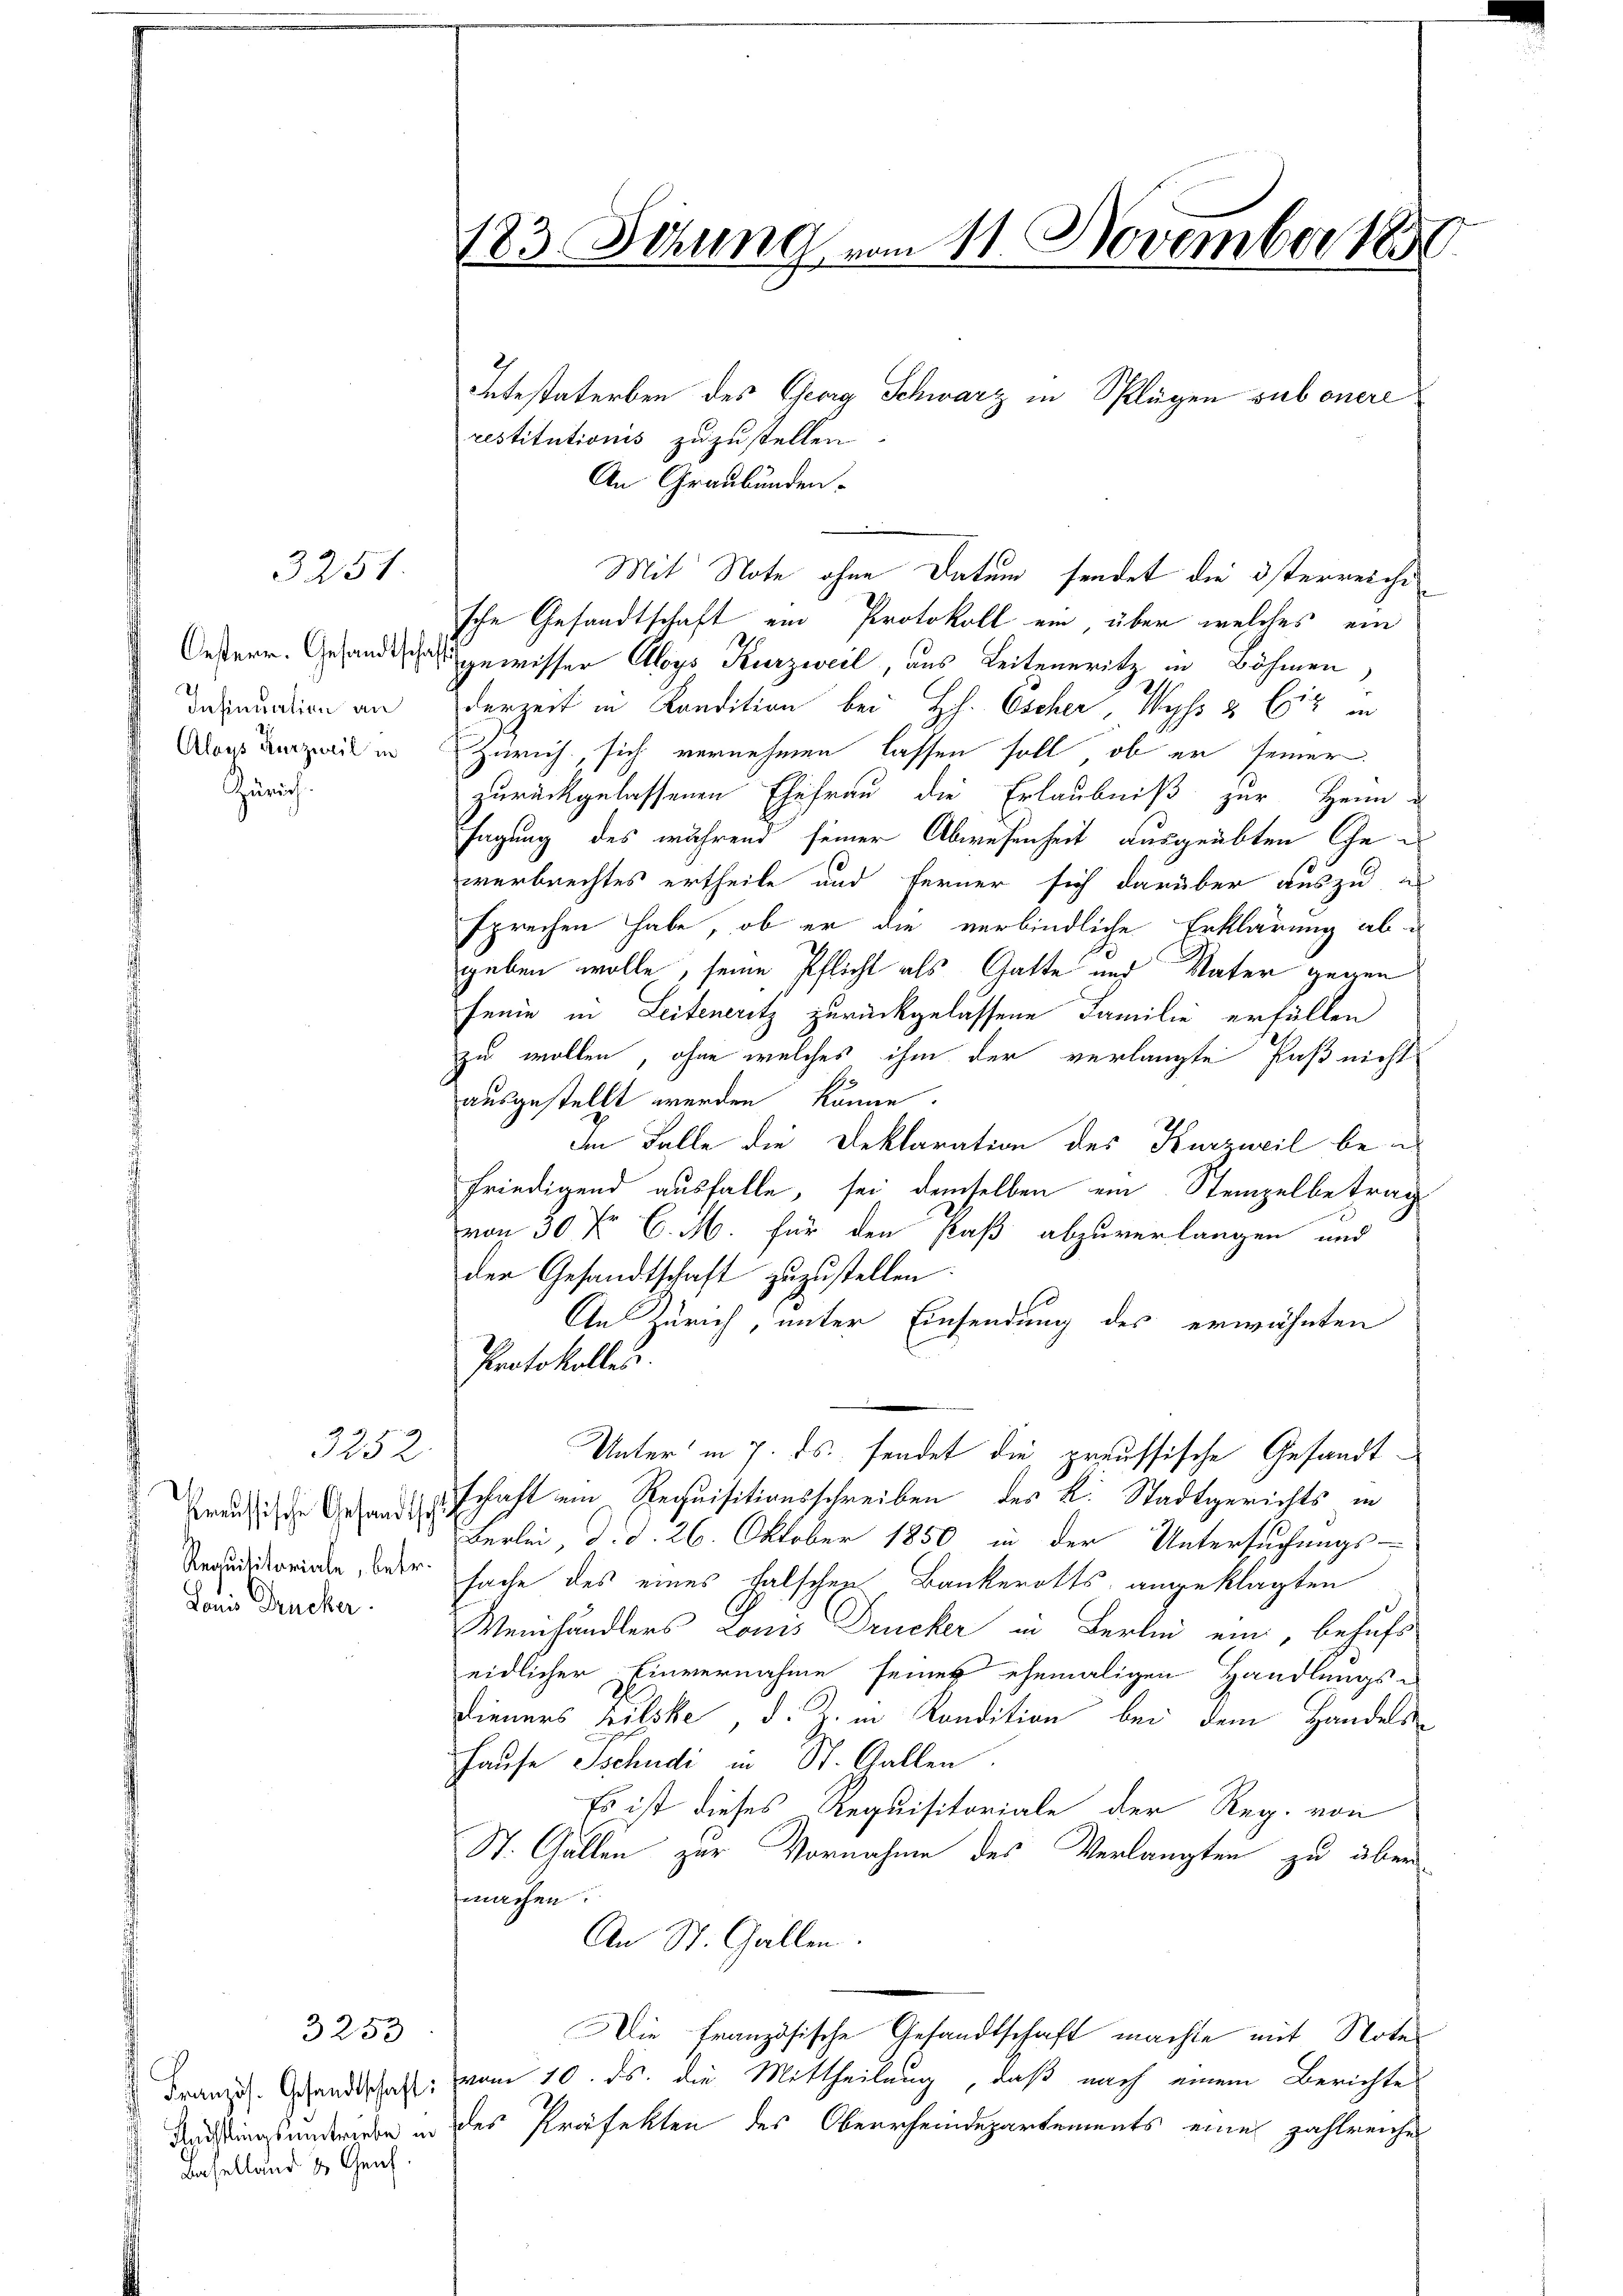
3251

Insinuation an
Alaus Kurzweil in
Gerich

3252.

Preussische Gesandtsch
Lonis Drucker

Baselland & Genf.

3253

restitutionis zuzustellen.
An Graubünden.
Mit Note ohne Datum sendet die österreichi
sche Gesandtschaft ein Protokoll ein über welches ein
Oesterr. Gesandtschaft gewisser Aloys Kurzweil, aus Leiteneritz in Böhmen,
derzeit in Kandition bei Hch. Escher, Wyss & Cie in
Zürich, sich vernehmen lassen soll, ob er seiner
zurückgelassenen Ehefrau die Erlaubniß zur Heim-
sagung des während seiner Abwesenheit ausgeübten Ehewerbrechtes ertheile und ferner sich darüber aus zu e
sprechen habe, ob er die verbindliche Erklärung abgeben wolle, seine Pflicht als Gatte und Vater gegen
Fenne in Leiteneritz zurückgelassene Familie erfüllen
zu wollen, ohne welches ihm der verlangte Paß nicht
195
ausgestellt werden könne.
Im Falle die Deklaration des Kurzweil bei
friedigend ausfalle, sei demselben ein Stempelbetrag
von 30 fr C. M. für den Paß abzuverlangen und
der Gesandtschaft zuzustellen.
An Zürich, unter Einsendung des erwähnten
Protokolles.
Unter in 7. ds. sendet die preussische Gesandtschaft ein Requisitionsschreiben des k. Stadtgerichts in
Berlei, d. d. 26. Oktober 1850 in der Untersuchungs-
Requisitoriale, betr. sache des eines falschen Bankerotts angeklagten
Weinhändlers Louis Drucker in Berlin ein, behufs
eidlicher Einvernahme seines ehemaligen Handlungs-
Dieners Pilske, d. Z. in Kandition bei dem Handels¬
Hause schudi in St. Gallen.
Es ist dieses Requisitoriale der Reg. von
St. Gallen zur Vornahme des Verlangten zu über
machen.
An St. Gallen.
Die französische Gesandtschaft machte mit Notes
Französ. Gesandtschaft: vom 10. ds. die Mittheilung, daß nach einem Berichte
Rechtings anderike in des Präfekten des Oberrheindepartements eine zahlreiche

183 Sitzung vom 11. November 1850.

Intestaterben des Georg Schwarz in Splügen sub onere